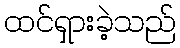
ထင်ရှားခဲ့သည်